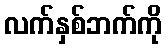
လက်နှစ်ဘက်ကို